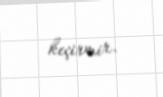
keçirmir.